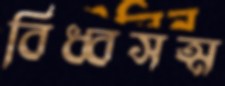
বিধ্বসত্ম